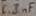
Text: 6.8µF